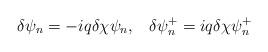
LaTeX: \begin{align*}\delta \psi _n=-iq\delta \chi \psi _n,\;\;\;\delta \psi _n^{+}=iq\delta \chi\psi _n^{+}\end{align*}